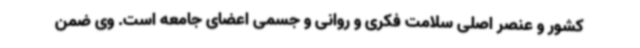
کشور و عنصر اصلی سلامت فکری و روانی و جسمی اعضای جامعه است. وی ضمن